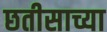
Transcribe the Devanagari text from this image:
छतीसाच्या